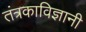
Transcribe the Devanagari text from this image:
तंत्रकाविज्ञानी